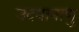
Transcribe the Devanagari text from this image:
उदयानाणु